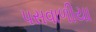
પસવાળીયા